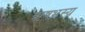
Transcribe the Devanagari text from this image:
ऋषभस्य